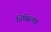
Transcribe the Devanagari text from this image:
हिबिसकस